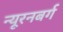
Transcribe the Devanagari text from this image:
न्यूरनबर्ग